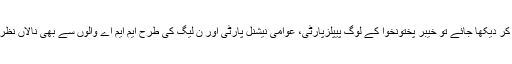
متحدہ مجلس عمل کی اس عجب پریم کی غضب کہانی سے ہٹ کر دیکھا جائے تو خیبر پختونخوا کے لوگ پیپلزپارٹی، عوامی نیشنل پارٹی اور ن لیگ کی طرح ایم ایم اے والوں سے بھی نالاں نظر آتے ہیں اور ایم ایم اے کو ن لیگ ہی کی بی ٹیم قرار دیتے ہیں۔